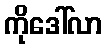
ကိုဒေါ်လာ